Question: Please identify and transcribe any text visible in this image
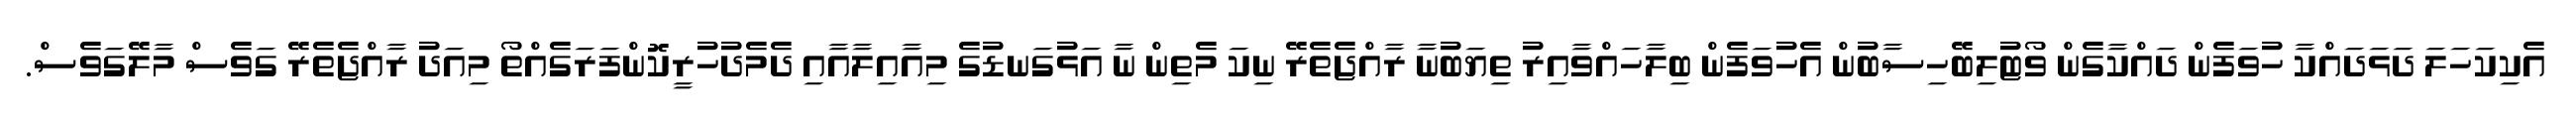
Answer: އެކިކަހަލަ ދަޅަދައްކާ ހުވަފެން ދައްކާގެން ވޯޓުލިބޭހިސާބުން އެހުވަފެން ބިލާހައްވާއިރު ތިޔަބުނާ ރާއްޖެތެރޭ ނިކަ މެތިން ނާ އަޅުގަނޑުގެ މިއާއިލާއާއި ދެމެދުހުރީކޮންފަރަގެއްތޯ މިއަދު ރާއްޖެތެރޭ ގަވެސް މާލޭގަވެސް.